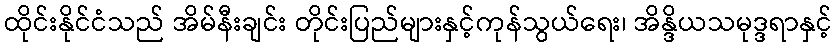
ထိုင်းနိုင်ငံသည် အိမ်နီးချင်း တိုင်းပြည်များနှင့်ကုန်သွယ်ရေး၊ အိန္ဒိယသမုဒ္ဒရာနှင့်